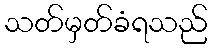
သတ်မှတ်ခံရသည်